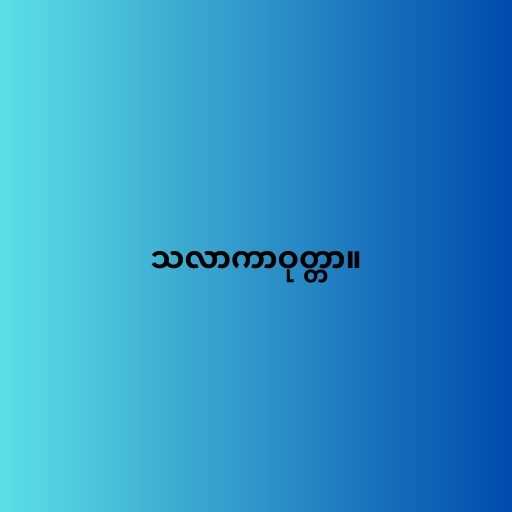
သလာကာဝုတ္တာ။